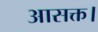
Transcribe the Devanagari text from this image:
आसक्त।